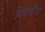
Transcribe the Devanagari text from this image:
त्रियाचरित्र